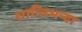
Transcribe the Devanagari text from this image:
शान्तिभन्दा